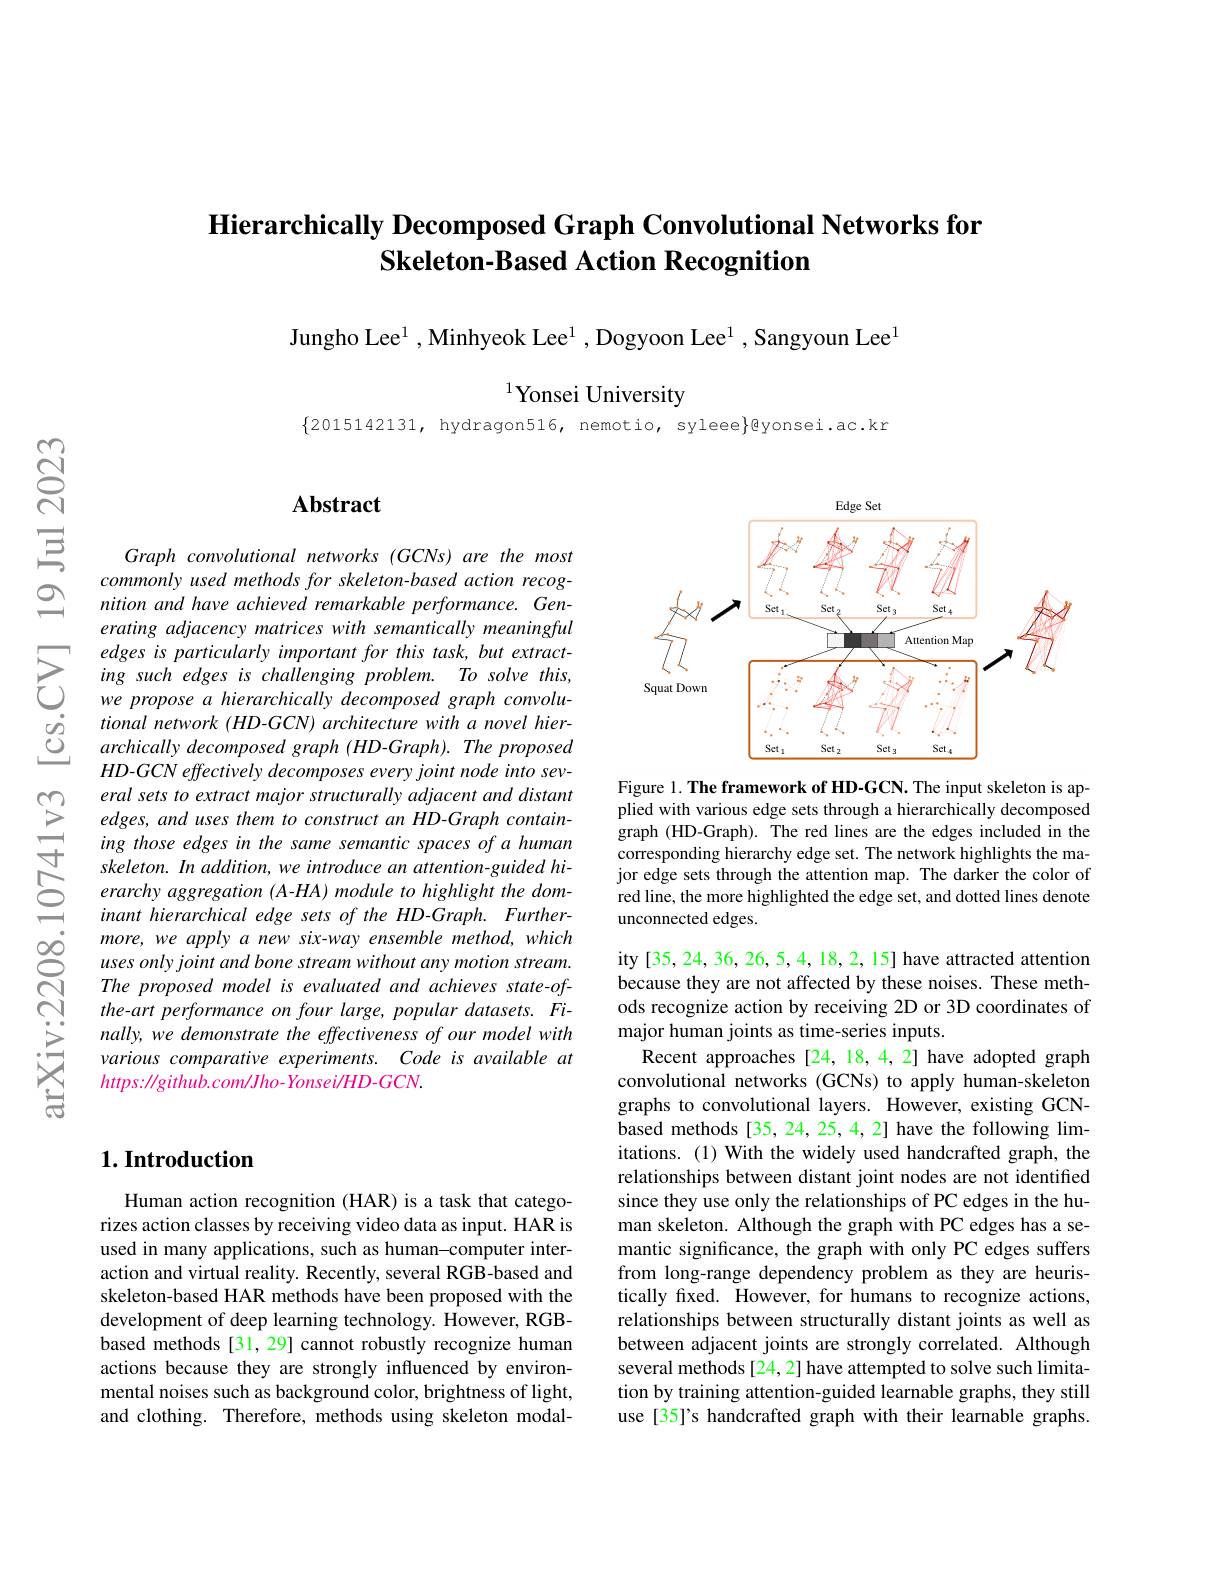
# Hierarchically Decomposed Graph Convolutional Networks for $\textbf{Skeleton- Based Action Recognition}$

Jungho Lee$^1$ , Minhyeok Lee$^1$ , Dogyoon Lee$^1$ , Sangyoun Lee$^{1}$

$^{1}$Yonsei University

$\{2015142131$, hydragon516, nemotio, syleee}}@yonsei.ac.kr

### $\mathbf{Abstract}$

Graph convolutional networks (GCNs) are the most commonly used methods for skeleton-based action recognition and have achieved remarkable performance. Generating adjacency matrices with semantically meaningful edges is particularly important for this task, but extracting such edges is challenging problem. To solve this, we propose a hierarchically decomposed graph convolutional network (HD-GCN) architecture with a novel hierarchically decomposed graph (HD-Graph). The proposed $HD- GCN\textit{ effectively decomposes every joint node into sev- }$ eral sets to extract major structurally adjacent and distant edges, and uses them to construct an HD-Graph containing those edges in the same semantic spaces of a human skeleton. In addition, we introduce an attention-guided hierarchy aggregation (A-HA) module to highlight the dominant hierarchical edge sets of the HD-Graph. Furthermore, we apply a new six-way ensemble method, which uses only joint and bone stream without any motion stream. The proposed model is evaluated and achieves state-ofthe-art performance on four large, popular datasets. Finally, we demonstrate the effectiveness of our model with various comparative experiments. Code is available at $https://github.com/Jho-Yonsei/HD-GCN.$

<FigureHere>

Figure 1. The framework of HD-GCN. The input skeleton is applied with various edge sets through a hierarchically decomposed graph (HD-Graph). The red lines are the edges included in the corresponding hierarchy edge set. The network highlights the major edge sets through the attention map. The darker the color of red line, the more highlighted the edge set, and dotted lines denote unconnected edges.

ity [35,24,36,26,5,4,18,2,15] have attracted attention because they are not affected by these noises. These methods recognize action by receiving 2D or 3D coordinates of major human joints as time-series inputs.
Recent approaches [24,18,4,2] have adopted graph convolutional networks (GCNs) to apply human-skeleton graphs to convolutional layers. However, existing GCNbased methods [35,24,25,4,2] have the following limitations. (1) With the widely used handcrafted graph, the relationships between distant joint nodes are not identified since they use only the relationships of PC edges in the human skeleton. Although the graph with PC edges has a semantic significance, the graph with only PC edges suffers from long-range dependency problem as they are heuristically fixed. However, for humans to recognize actions, relationships between structurally distant joints as well as between adjacent joints are strongly correlated. Although several methods [24,2] have attempted to solve such limitation by training attention-guided learnable graphs, they still use [35]'s handcrafted graph with their learnable graphs.

### $1. \textbf{Introduction}$

Human action recognition (HAR) is a task that categorizes action classes by receiving video data as input. HAR is used in many applications, such as human-computer interaction and virtual reality. Recently, several RGB-based and skeleton-based HAR methods have been proposed with the development of deep learning technology. However, RGBbased methods [31,29] cannot robustly recognize human actions because they are strongly influenced by environmental noises such as background color, brightness of light, and clothing. Therefore, methods using skeleton modal-